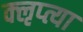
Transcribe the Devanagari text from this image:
क्‍ऌप्‍त्या